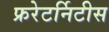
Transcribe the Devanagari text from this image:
फ्ररेटर्निटीस